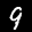
Label: 9